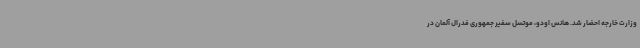
وزارت خارجه احضار شد. هانس اودو، موتسل سفیر جمهوری فدرال آلمان در